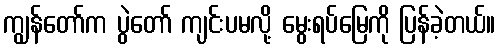
ကျွန်တော်က ပွဲတော် ကျင်းပမလို့ မွေးရပ်မြေကို ပြန်ခဲ့တယ်။